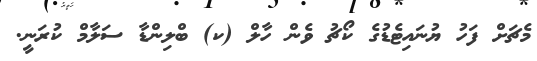
މެޗަށް ފަހު ޔުނައިޓެޑުގެ ކޯޗު ވެން ހާލް (ކ) ބްލިންޑާ ސަލާމް ކުރަނީ.